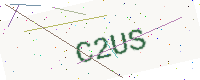
Text: C2US